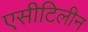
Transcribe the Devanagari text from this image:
एसीटिलीन